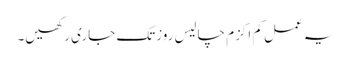
یہ عمل کم اکزم چالیس روزتک جاری رکھیں۔